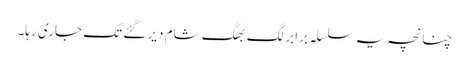
چنانچہ یہ سلسلہ برابر لگ بھگ شام دیر گئے تک جاری رہا۔